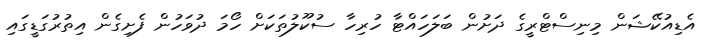
އެޑިއުކޭޝަން މިނިސްޓްރީގެ ދަށުން ބަލަހައްޓާ ހުރިހާ ސުކޫލުތަކަށް ހޯމަ ދުވަހުން ފެށިގެން އިތުރުގަޑީގައި